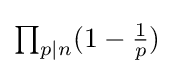
{\textstyle \prod _{p\mid n}(1-{\frac {1}{p}})}